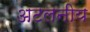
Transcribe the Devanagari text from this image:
अटलनीय